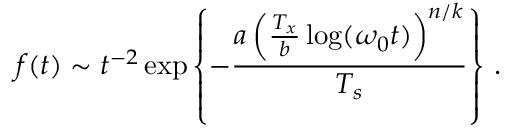
f ( t ) \sim t ^ { - 2 } \exp \left\{ - \frac { a \left( \frac { T _ { x } } { b } \log ( \omega _ { 0 } t ) \right) ^ { n / k } } { T _ { s } } \right\} \, .